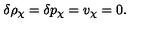
\delta \rho _ { \chi } = \delta p _ { \chi } = v _ { \chi } = 0 .